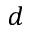
d